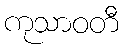
ကုသာဝတီ